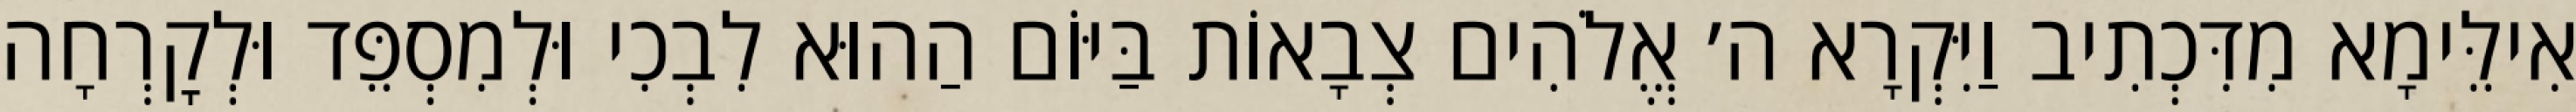
אִילֵּימָא מִדִּכְתִיב וַיִּקְרָא ה׳ אֱלֹהִים צְבָאוֹת בַּיּוֹם הַהוּא לִבְכִי וּלְמִסְפֵּד וּלְקׇרְחָה